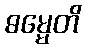
ဓမ္မေတိ